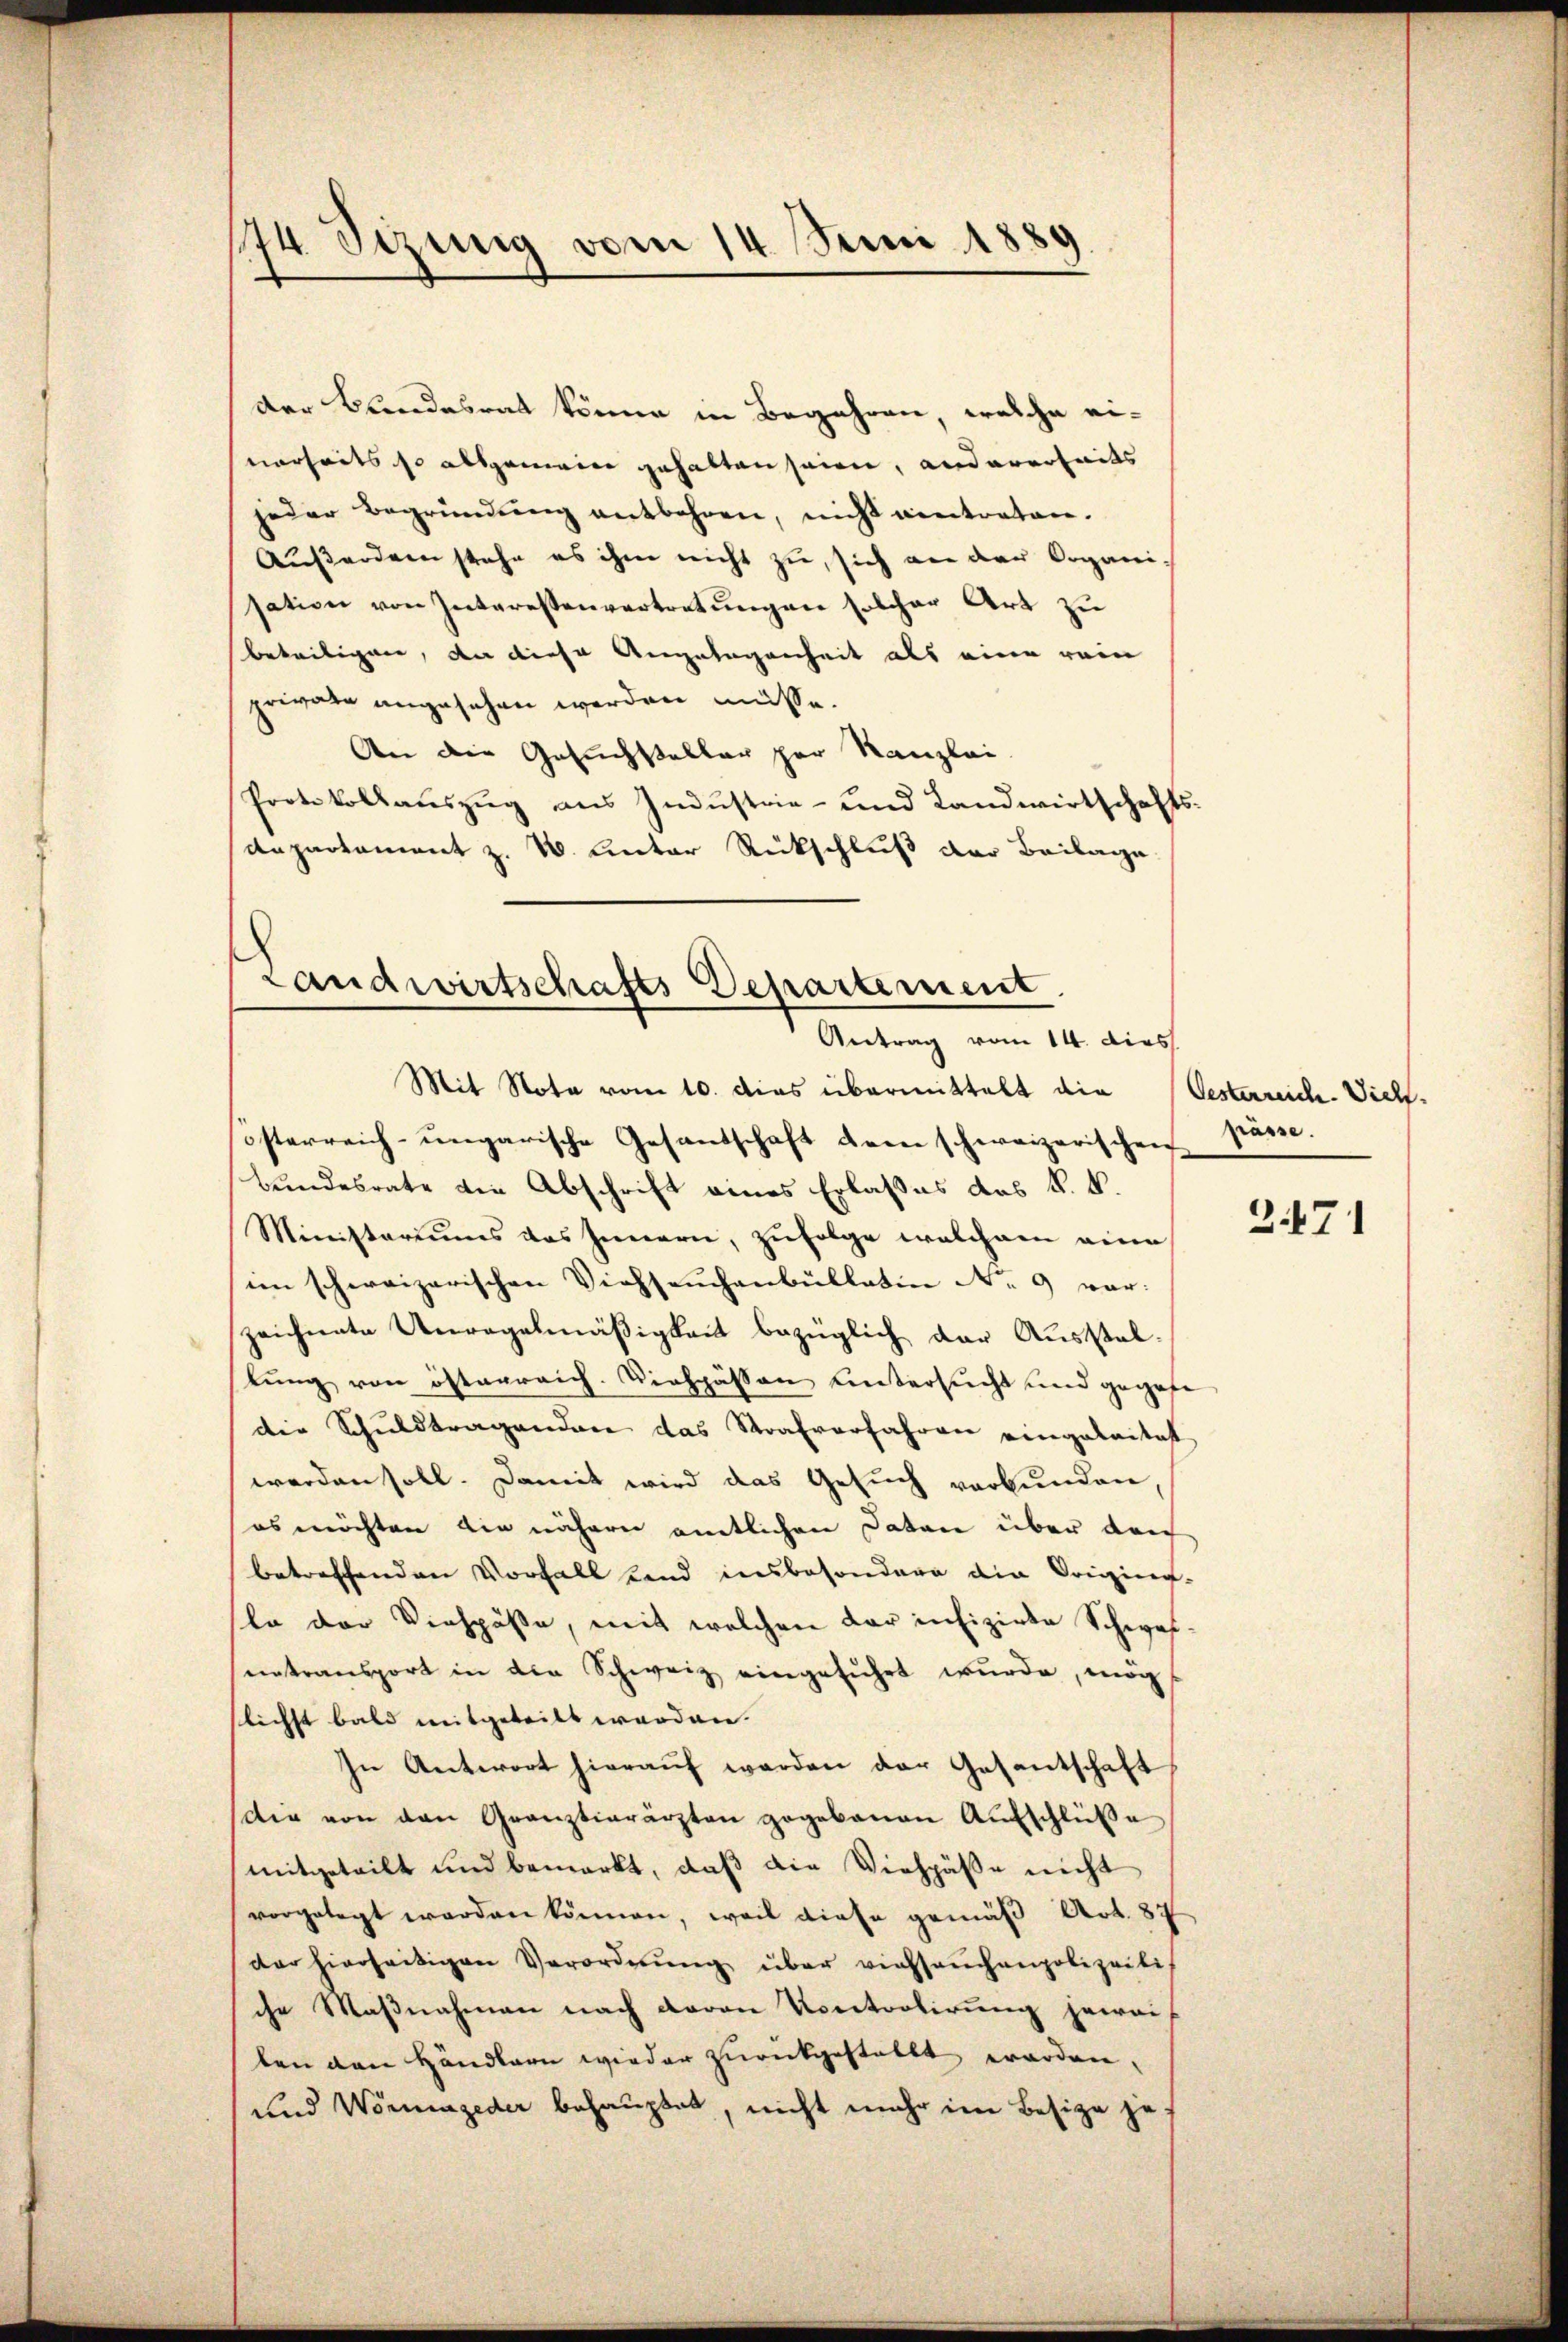
der Bundesrat könne in Begehren, welche eiverheits so allgemeine gehalten seien, andererheits
jeder Begründung entbehren, nicht eintreten.
Außerden stehe es ihm nicht zu, sich an der Organi-
sation von Interessenvertretungen solcher Art zu
beteiligen, da diese Angelegenheit als eine rein
private angesehen werden müsse.
An die Gesuchsteller per Kanzlei
Protokollauszug aus Industrie- und Landwirtschaftsdepartement z. B. Unter Rückschluß der Beilage.

174 Sizung vom 14. Juni 1889

Landwirtschafts Departement.
Antrag vom 14. dies
Mit Nota vom 10. dies übermittelt die Oesterreich. Vieh-

österreich-ungarische Gesandschaft dem schweizerischen Pässe.
Bundesrate die Abschrift eines Erlasses des k. k.
Ministeriums das Innern, zufolge welchem eine
im schweizerischen Viehseuchenbülletin No 9 vor:
zeichnete Unregelmäßigkeit bezüglich der Ausstelstung von österreich. Viehpässen Untersucht und gegebe
die Schuldtragenden das Strafverfahren eingeleitet
werden soll. Damit wird das Gesuch verbunden
es möchten die nähern amtlichen Daten über den
betreffenden Vorfall und insbesondere die Origin-
la der Viehpäße, mit welchen dar infizirte Schwefnetransport in die Schweiz eingesŭchet wŭrde, mög
lichst bald mitgeteilt werden. |
In Antwort hierauf werden der Gesantschaft
dir von den Granztierärzten gegebenen Aŭfschlüβe
mitgeteilt und bemerkt, daß die Viehpäße nicht
vorgelegt werden können, weil diese gemäß Art. 87
der hierseitigen Verordnŭng über viehseuchenpolizeili
che Maßnahmen nach daran Kontrolirung jewei
ben den Händlern wieder zurückgestallt worden,
und Wonnjeder behauptet, nicht mehr im Besize je

2471